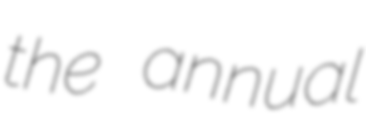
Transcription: the annual